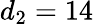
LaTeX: d_{2}=14